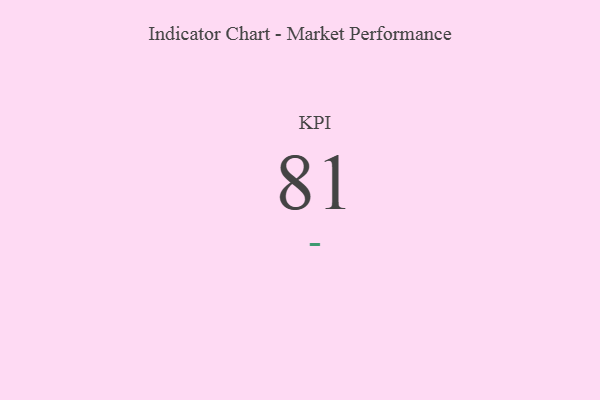
{"axis": {"x": "KPI", "y": "Value"}, "legend": [""], "data": [{"x": "KPI", "y": 81, "type": ""}]}